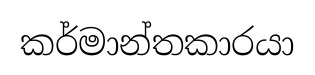
කර්මාන්තකාරයා